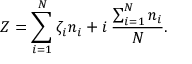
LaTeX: Z = \sum _ { i = 1 } ^ { N } \zeta _ { i } n _ { i } + i \: \frac { \sum _ { i = 1 } ^ { N } n _ { i } } { N } .